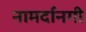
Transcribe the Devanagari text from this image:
नामर्दानगी